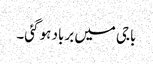
باجی میں برباد ہو گئی۔